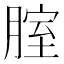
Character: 腟